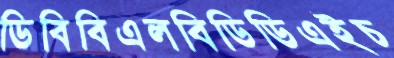
ডিবিবিএলবিডিডিএইচ